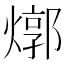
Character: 𤍪